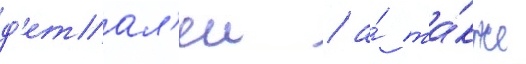
д'етал'еи / а́ та́кже